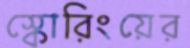
স্কোরিংয়ের